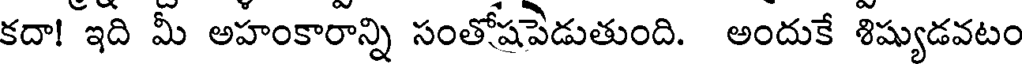
కదా! ఇది మీ అహంకారాన్ని సంతోషపెడుతుంది. అందుకే శిష్యుడవటం